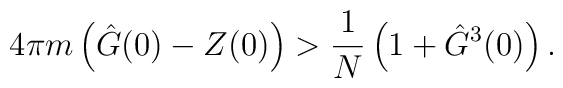
4\pi m \left(\hat{G}(0)-Z(0)\right)  > \frac{1}{N} \left( 1 +  \hat{G}^3 (0) \right).